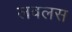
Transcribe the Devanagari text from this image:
लवलस